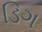
ડિગ